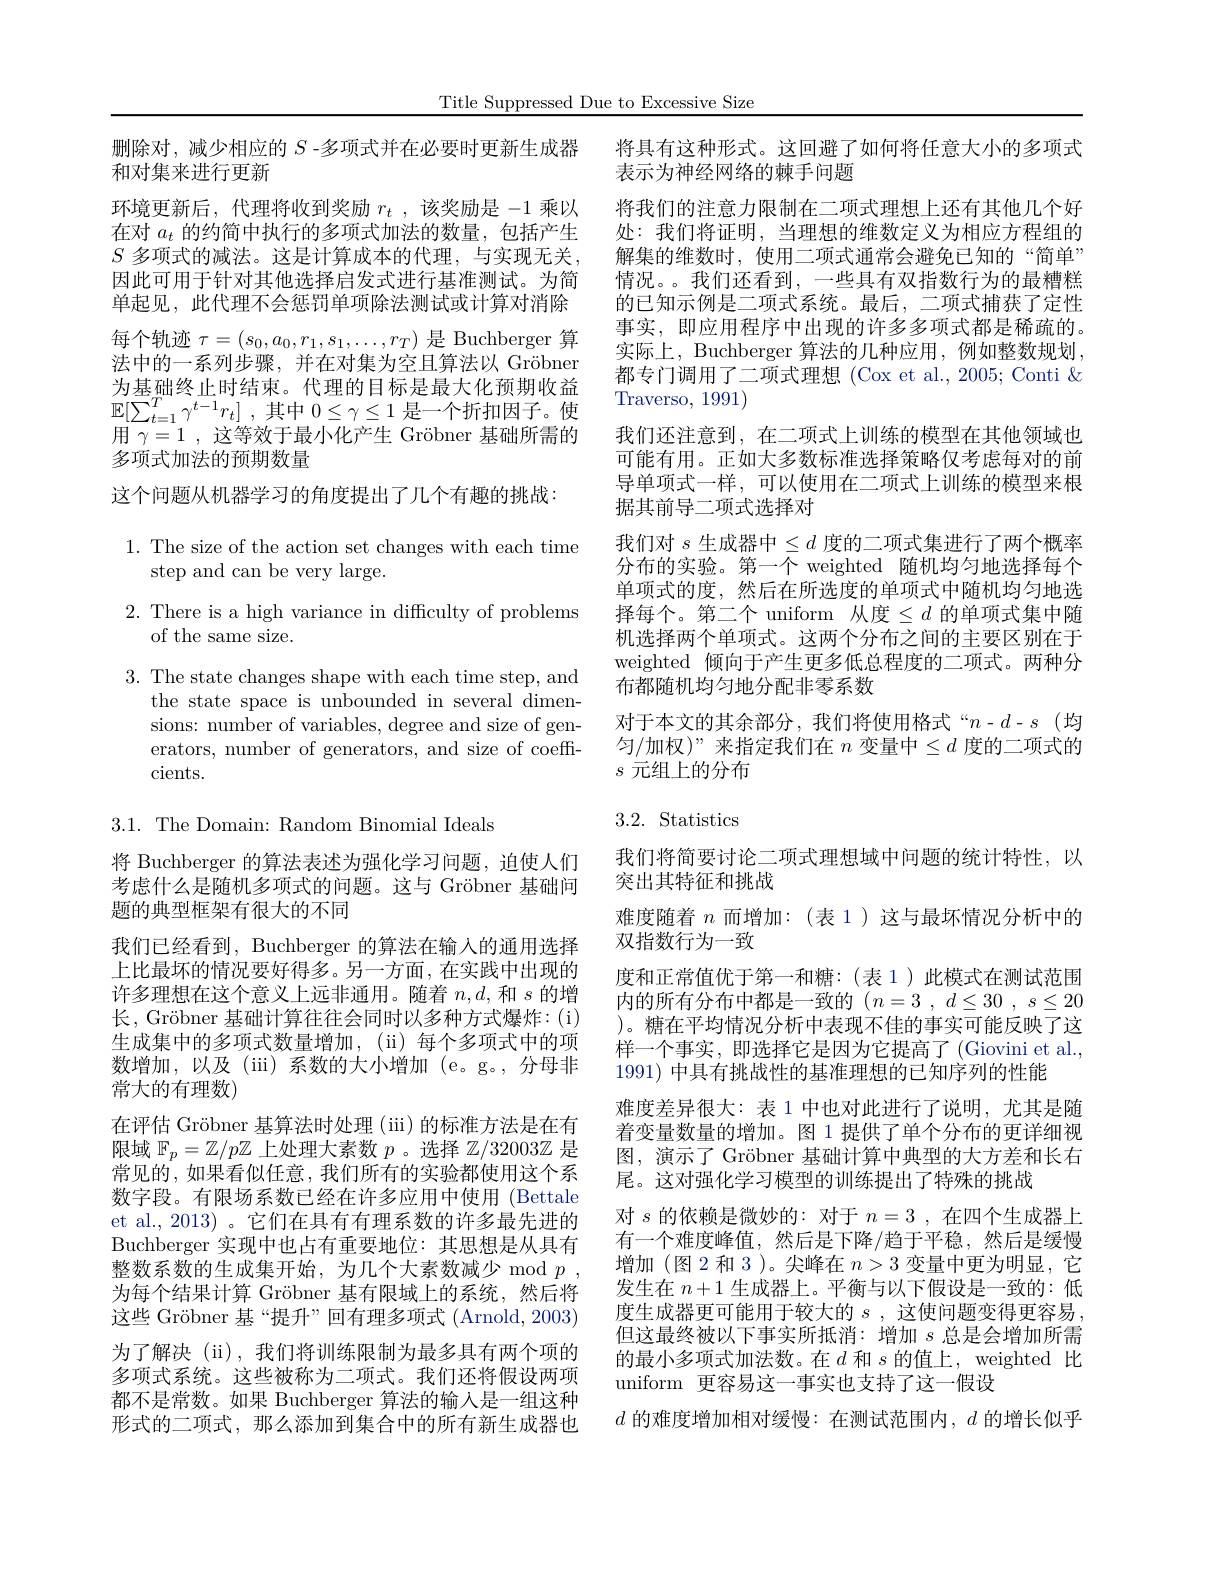
Title Suppressed Due to Excessive Size

删除对，减少相应的$S$ -多项式并在必要时更新生成器
和对集来进行更新
环境更新后，代理将收到奖励$r_t$ ,该奖励是-1乘以在对$a_t$的约简中执行的多项式加法的数量，包括产生$S$ 多项式的减法。这是计算成本的代理，与实现无关， 因此可用于针对其他选择启发式进行基准测试。为简单起见，此代理不会惩罚单项除法测试或计算对消除每个轨迹$\tau=(s_0,a_0,r_1,s_1,\ldots,r_T)$是 Buchberger 算法中的一系列步骤，并在对集为空且算法以 Gröbner 为基础终止时结束。代理的目标是最大化预期收益$\mathbb{E} [ \sum _{t= 1}^{T}\gamma ^{t- 1}r_{t}]$ ,其 中 $0\leq \gamma \leq 1$ 是 一 个 折 扣 因 子 。使 $\mathbb{E} [ \sum _{t= 1}^{T}\gamma ^{t- 1}r_{t}]$ ,其 中 $0\leq \gamma \leq 1$ 是 一 个 折 扣 因 子 。使用$\gamma=1$,这等效于最小化产生 Gröbner 基础所需的多项式加法的预期数量
这个问题从机器学习的角度提出了几个有趣的挑战：
$1.{\mathrm{~The~size~of~the~action~set~changes~with~each~time}}$
step and can be very large.
2. There is a high variance in difficulty of problems
of the same size.
3. The state changes shape with each time step, and
the state space is unbounded in several dimensions: number of variables, degree and size of generators, number of generators, and size of coefficients.

3.1. The Domain: Random Binomial Ideals

将 Buchberger 的算法表述为强化学习问题，迫使人们考虑什么是随机多项式的问题。这与 Gröbner 基础问题的典型框架有很大的不同
我们已经看到，Buchberger 的算法在输入的通用选择上比最坏的情况要好得多。另一方面，在实践中出现的许多理想在这个意义上远非通用。随着$n,d$,和$s$的增长，Gröbner 基础计算往往会同时以多种方式爆炸：(i) 生成集中的多项式数量增加，(ii)每个多项式中的项数增加，以及(iii)系数的大小增加(e。g。,分母非常大的有理数)
在评估 Gröbner 基算法时处理 (iii) 的标准方法是在有限域$\mathbb{F}_p=\mathbb{Z}/p\mathbb{Z}$上处理大素数$p$ 。选择$\mathbb{Z}/32003\mathbb{Z}$是常见的，如果看似任意，我们所有的实验都使用这个系数字段。有限场系数已经在许多应用中使用 (Bettale et al., 2013) 。它们在具有有理系数的许多最先进的Buchberger 实现中也占有重要地位：其思想是从具有整数系数的生成集开始，为几个大素数减少 mod $p$ , 为每个结果计算 Gröbner 基有限域上的系统，然后将这些 Gröbner 基“提升”回有理多项式 (Arnold, 2003) 为了解决 (ii), 我们将训练限制为最多具有两个项的多项式系统。这些被称为二项式。我们还将假设两项都不是常数。如果 Buchberger 算法的输人是一组这种形式的二项式，那么添加到集合中的所有新生成器也

将具有这种形式。这回避了如何将任意大小的多项式
表示为神经网络的棘手问题
将我们的注意力限制在二项式理想上还有其他几个好处：我们将证明，当理想的维数定义为相应方程组的解集的维数时，使用二项式通常会避免已知的“简单” 情况。。我们还看到，一些具有双指数行为的最糟糕的已知示例是二项式系统。最后，二项式捕获了定性事实，即应用程序中出现的许多多项式都是稀疏的。实际上，Buchberger 算法的几种应用，例如整数规划， 都专门调用了二项式理想 (Cox et al., 2005; Conti & Traverso, 1991)
我们还注意到，在二项式上训练的模型在其他领域也可能有用。正如大多数标准选择策略仅考虑每对的前导单项式一样，可以使用在二项式上训练的模型来根据其前导二项式选择对
我们对$s$生成器中$\leq d$度的二项式集进行了两个概率分布的实验。第一个 weighted 随机均匀地选择每个单项式的度，然后在所选度的单项式中随机均匀地选择每个。第二个 uniform 从度$\leq d$ 的单项式集中随机选择两个单项式。这两个分布之间的主要区别在于weighted 倾向于产生更多低总程度的二项式。两种分布都随机均匀地分配非零系数
对于本文的其余部分，我们将使用格式“$n-d-s$(均匀/加权)”来指定我们在$n$变量中$\leq d$度的二项式的$s$元组上的分布

## 3.2. Statistics

我们将简要讨论二项式理想域中问题的统计特性，以
突出其特征和挑战
难度随着$n$而增加：(表 1)这与最坏情况分析中的
双指数行为一致
度和正常值优于第一和糖：(表1)此模式在测试范围内的所有分布中都是一致的$(n=3,d\leq30,s\leq20$ )。糖在平均情况分析中表现不佳的事实可能反映了这样一个事实，即选择它是因为它提高了 (Giovini et al., 1991) 中具有挑战性的基准理想的已知序列的性能
难度差异很大：表 1 中也对此进行了说明，尤其是随着变量数量的增加。图 1 提供了单个分布的更详细视图，演示了 Gröbner 基础计算中典型的大方差和长右尾。这对强化学习模型的训练提出了特殊的挑战
对$s$的依赖是微妙的：对于$n=3$,在四个生成器上有一个难度峰值，然后是下降/趋于平稳，然后是缓慢增加(图 2 和 3 )。尖峰在$n>3$变量中更为明显，它发生在$n+1$生成器上。平衡与以下假设是一致的：低度生成器更可能用于较大的$s$ ,这使问题变得更容易， 但这最终被以下事实所抵消：增加$s$总是会增加所需的最小多项式加法数。在$d$和$s$的值上，weighted 比uniform 更容易这一事实也支持了这一假设
$d$的难度增加相对缓慢：在测试范围内，$d$的增长似乎